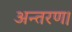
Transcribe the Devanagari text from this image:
अन्तरण।